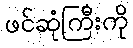
ဖင်ဆုံကြီးကို